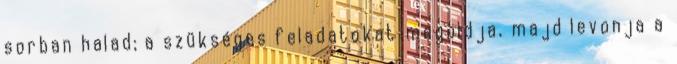
sorban halad; a szükséges feladatokat megoldja, majd levonja a